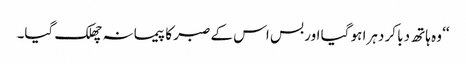
‘‘ وہ ہاتھ دبا کر دہرا ہو گیا اور بس اس کے صبر کا پیمانہ چھلک گیا۔